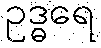
ဥဒ္ဓရေ